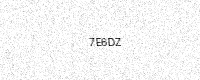
Text: 7E6DZ